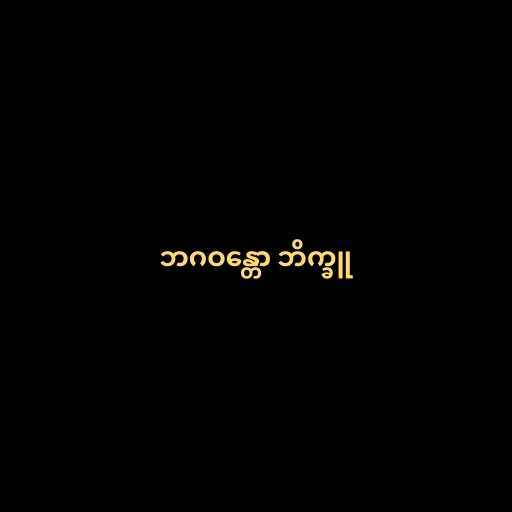
ဘဂဝန္တော ဘိက္ခူ